Code of medical and sanitary regulations for the guidance of medical officers serving in the Madras Presidency - Volume I
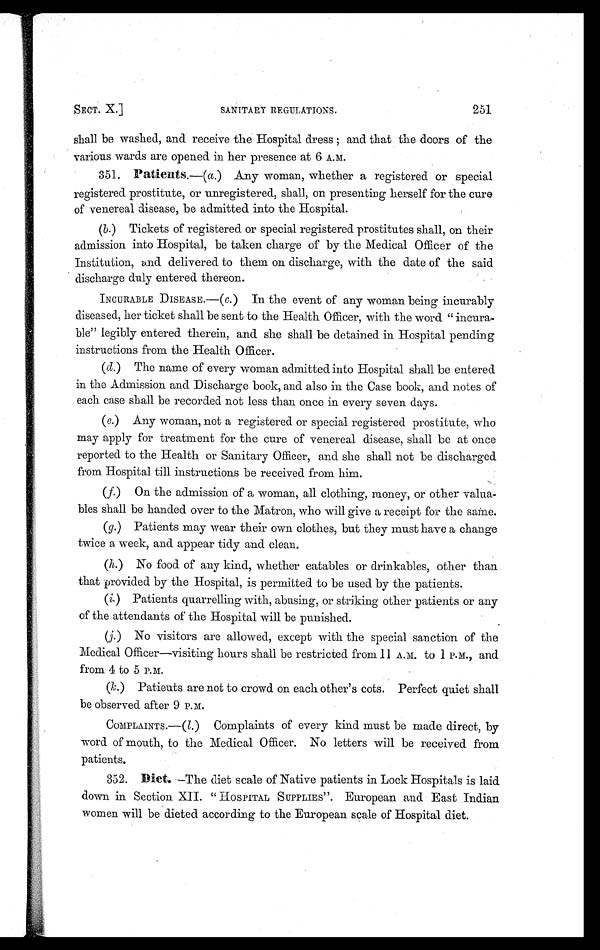
SECT. X.] SANITARY REGULATIONS. 251
shall be washed, and receive the Hospital dress ; and that the doors of the
various wards are opened in her presence at 6 A.M.
351. Patients.—( a.) Any woman, whether a registered or special
registered prostitute, or unregistered, shall, on presenting herself for the cure
of venereal disease, be admitted into the Hospital.
(b. ) Tickets of registered or special registered prostitutes shall, on their
admission into Hospital, be taken charge of by the Medical Officer of the
Institution, and delivered to them on discharge, with the date of the said
discharge duly entered thereon.
INCURABLE DISEASE.—( c. ) In the event of any woman being incurably
diseased, her ticket shall be sent to the Health Officer, with the word " incura-
ble" legibly entered therein, and she shall be detained in Hospital pending
instructions from the Health Officer.
(d.) The name of every woman admitted into Hospital shall be entered
in the Admission and Discharge book, and also in the Case book, and notes of
each case shall be recorded not less than once in every seven days.
(e.) Any woman, not a registered or special registered prostitute, who
may apply for treatment for the cure of venereal disease, shall be at once
reported to the Health or Sanitary Officer, and she shall not be discharged
from Hospital till instructions be received from him.
(f.) On the admission of a woman, all clothing, money, or other valua-
bles shall be handed over to the Matron, who will give a receipt for the same.
(g.) Patients may wear their own clothes, but they must have a change
twice a week, and appear tidy and clean.
(h.) No food of any kind, whether eatables or drinkables, other than
that provided by the Hospital, is permitted to be used by the patients.
(i.) Patients quarrelling with, abusing, or striking other patients or any
of the attendants of the Hospital will be punished.
(j.) No visitors are allowed, except with the special sanction of the
Medical Officer—visiting hours shall be restricted from 11 A.M. to 1 P.M., and
from 4 to 5 P.M.
( k. ) Patients are not to crowd on each other's cots. Perfect quiet shall
be observed after 9 P.M.
COMPLAINTS.—(l.) Complaints of every kind must be made direct, by
word of mouth, to the Medical Officer. No letters will be received from
patients.
352. Diet. —The diet scale of Native patients in Lock Hospitals is laid
down in Section XII. " HOSPITAL SUPPLIES " . European and East Indian
women will be dieted according to the European scale of Hospital diet.